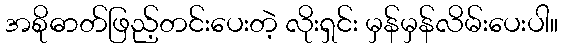
အစိုဓာတ်ဖြည့်တင်းပေးတဲ့ လိုးရှင်း မှန်မှန်လိမ်းပေးပါ။